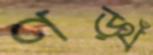
ণড়্থঁ